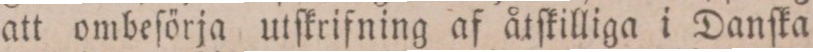
att ombeſörja utſkrifning af åtſkilliga i Danſka